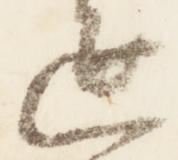
延